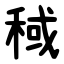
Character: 稢